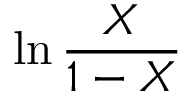
\ln { \frac { X } { 1 - X } }